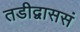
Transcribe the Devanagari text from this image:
तडीद्वाससं